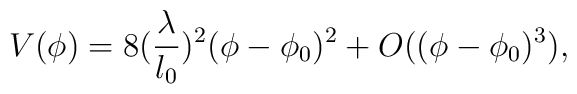
V(\phi)= 8(\frac{\lambda}{l_{0}})^{2} (\phi-\phi_{0})^{2}+O((\phi-\phi_{0})^{3}),